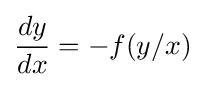
{\frac {dy}{dx}}=-f(y/x)